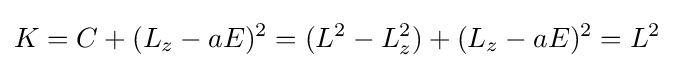
K=C+(L_{z}-aE)^{2}=(L^{2}-L_{z}^{2})+(L_{z}-aE)^{2}=L^{2}